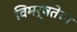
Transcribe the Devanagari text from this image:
विमर्षतेचा